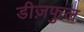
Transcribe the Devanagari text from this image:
डीज़फुल